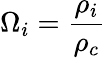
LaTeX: \Omega_{i}=\frac{\rho_{i}}{\rho_{c}}